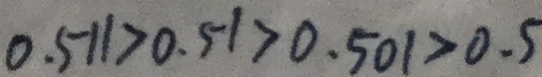
0 . 5 1 1 > 0 . 5 1 > 0 . 5 0 1 > 0 . 5